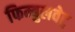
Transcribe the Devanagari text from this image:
फिम्बुलवेट्र